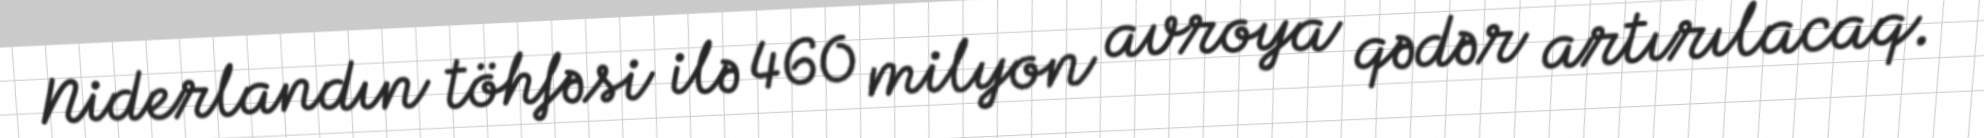
Niderlandın töhfəsi ilə 460 milyon avroya qədər artırılacaq.